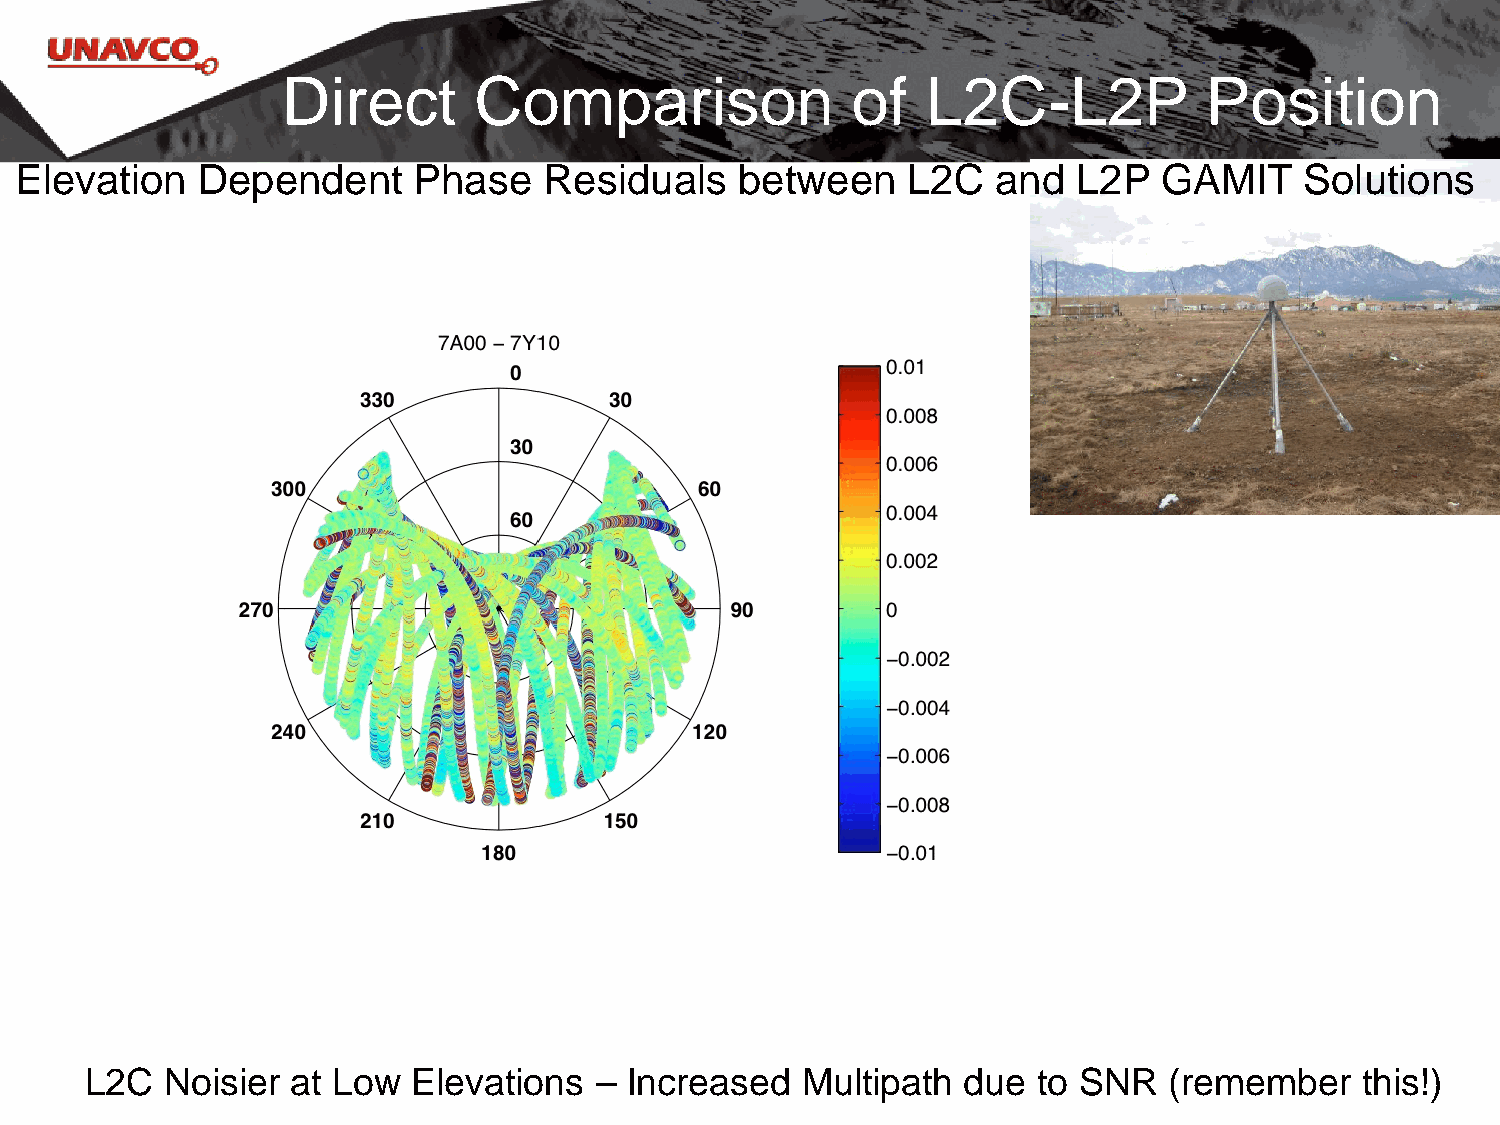
Direct      Comparison               of   L2C-L2P            Position
 Elevation   Dependent     Phase    Residuals    between    L2C   and  L2P   GAMIT    Solutions
 L2C  Noisier at Low  Elevations  – Increased   Multipath  due  to SNR  (remember    this!)